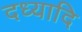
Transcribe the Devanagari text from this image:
दध्यादि